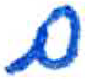
אות: ם